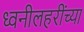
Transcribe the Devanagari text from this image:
ध्वनीलहरींच्या